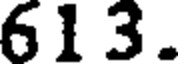
613.